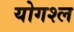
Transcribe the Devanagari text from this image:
योगश्ल